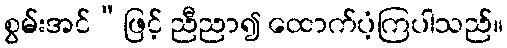
စွမ်းအင်”ဖြင့် ညီညာ၍ ထောက်ပံ့ကြပါသည်။